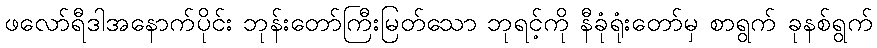
ဖလော်ရီဒါအနောက်ပိုင်း ဘုန်းတော်ကြီးမြတ်သော ဘုရင့်ကို နီခုံရုံးတော်မှ စာရွက် ခုနစ်ရွက်